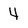
Character: 4